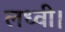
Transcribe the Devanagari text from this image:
लध्वी।